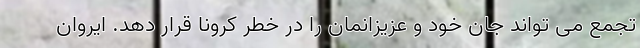
تجمع می تواند جان خود و عزیزانمان را در خطر کرونا قرار دهد. ایروان